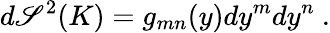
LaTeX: d\mathscr{S}^{2}(K)=g_{mn}(y)dy^{m}dy^{n}~.